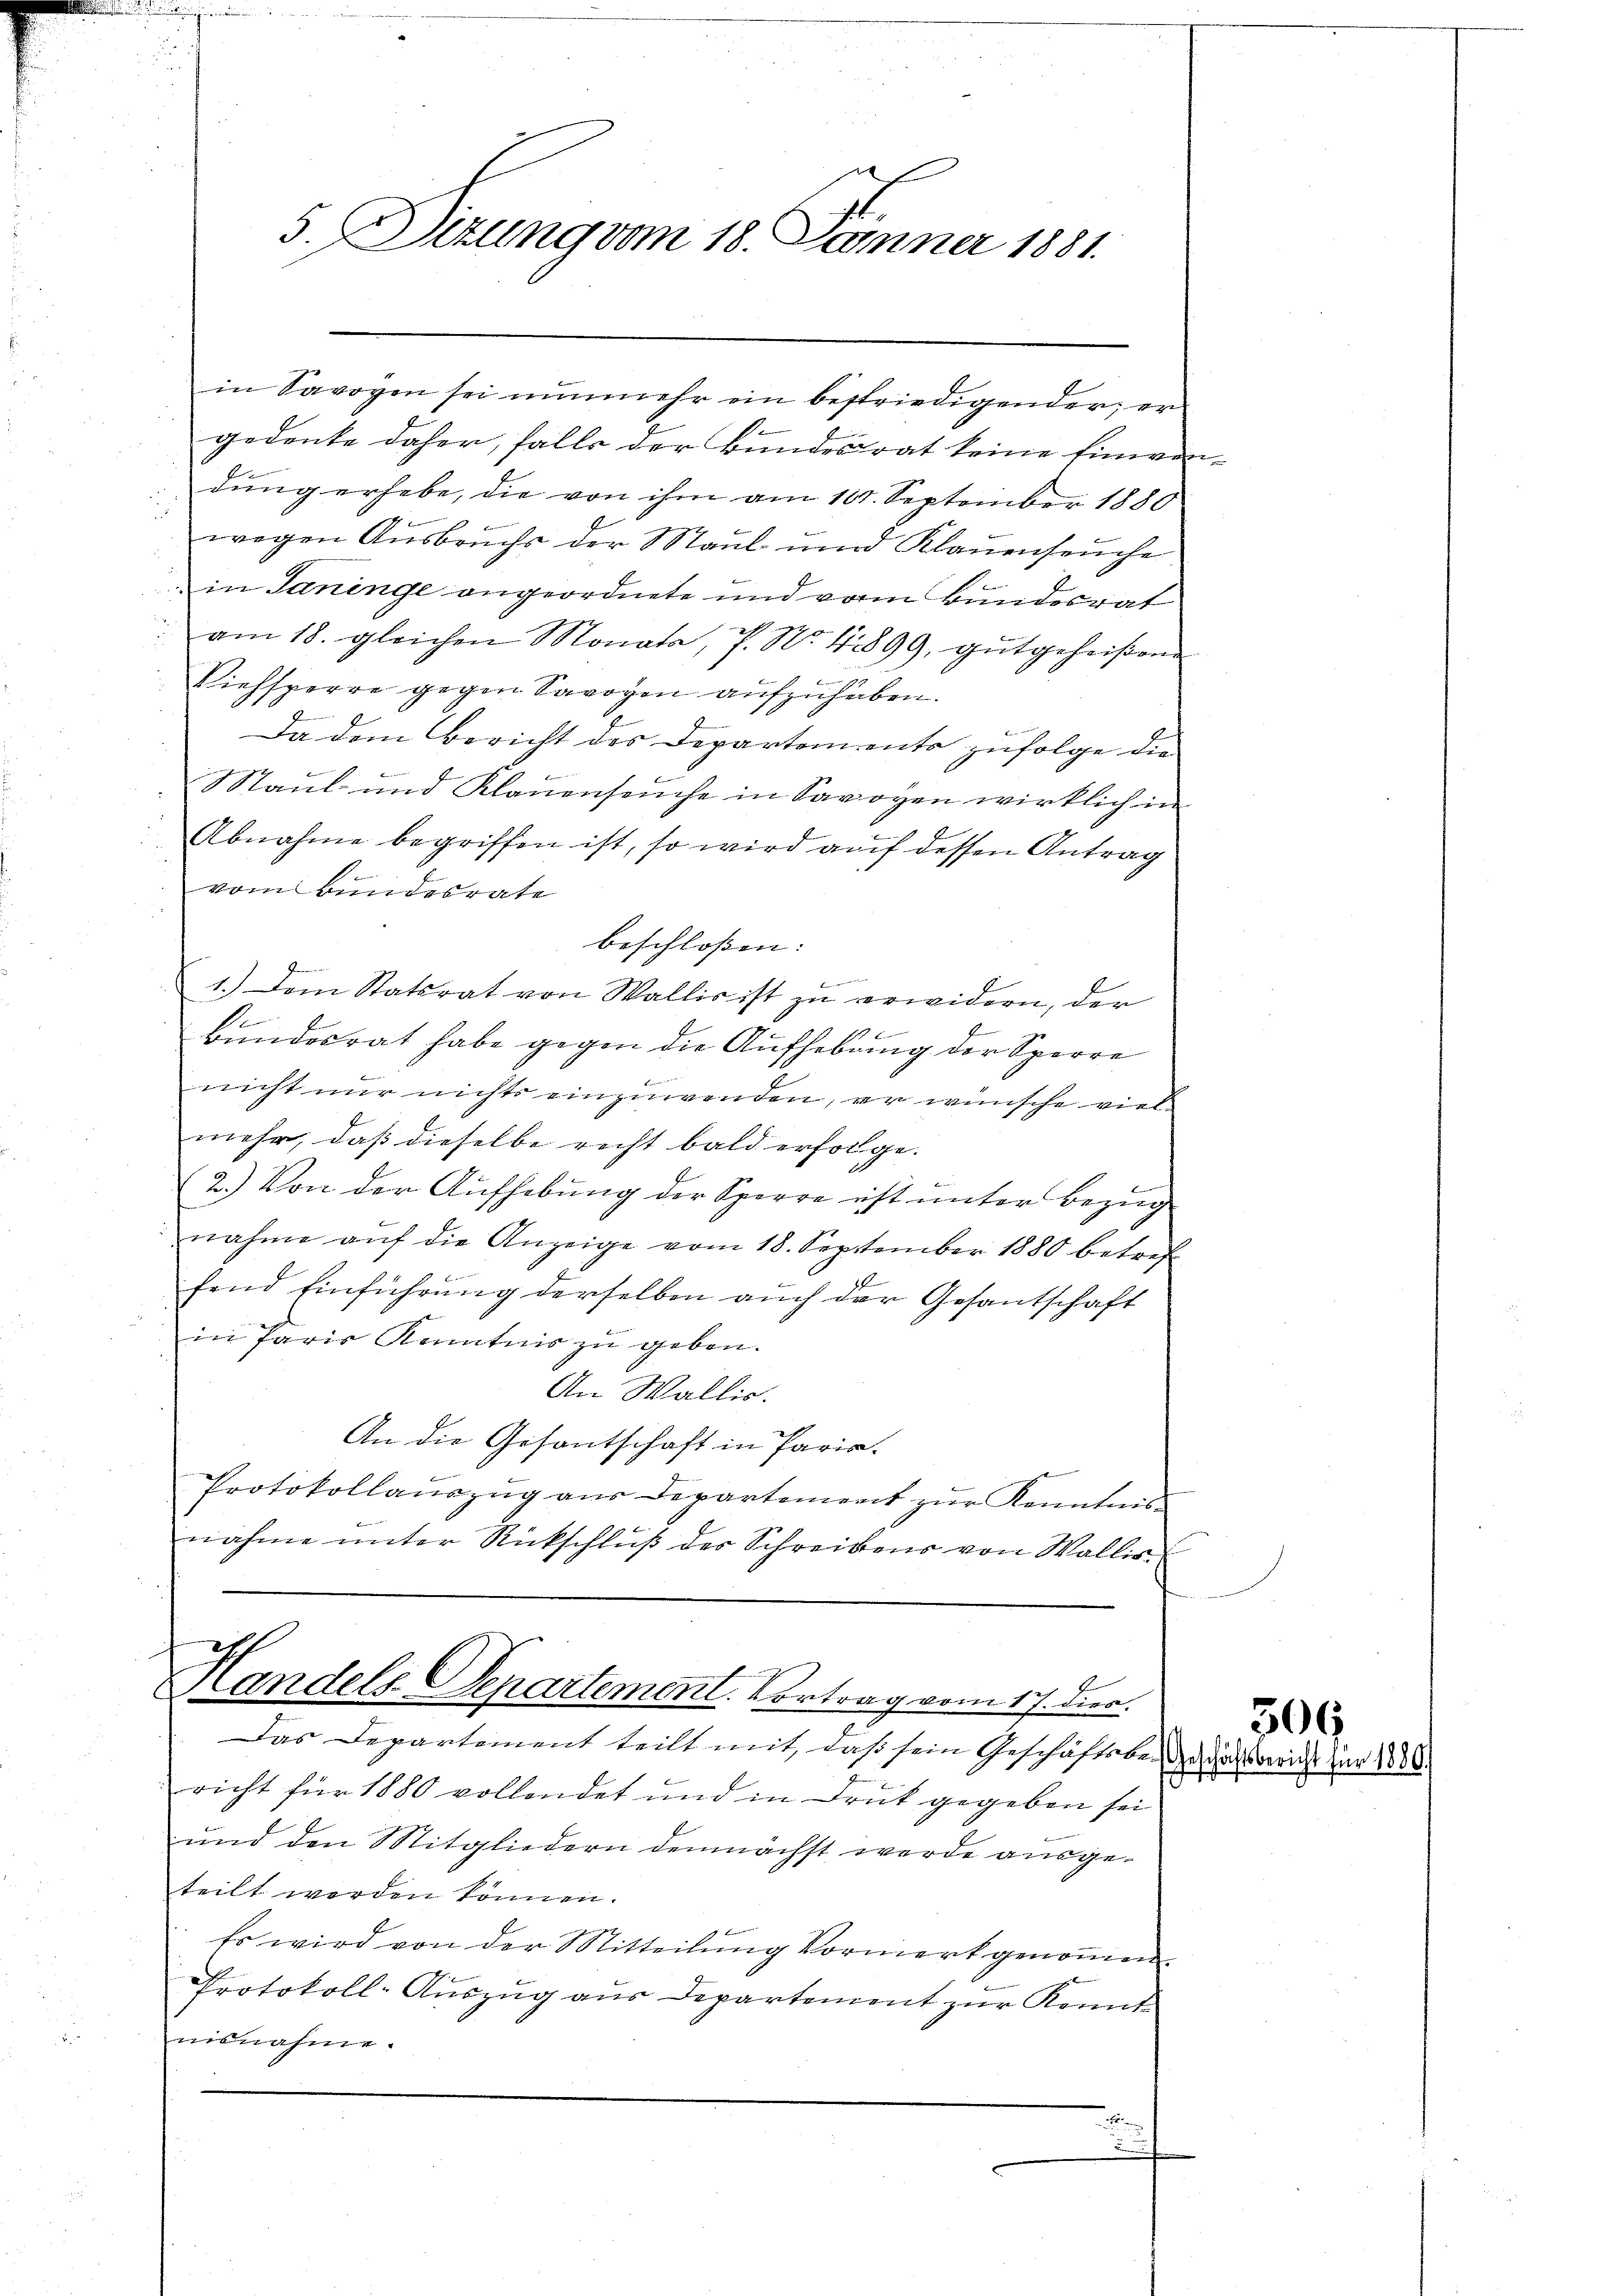
n
5. Ditung vom 18. Jäner 1881.

in Savoyen sei nunmehr ein bestriedigender er
.
gedenke daher, falls der Bundesrat keine Einven
dung erhebe, die von ihm am 101. September 1880
wegen Ausbruchs der Maul- und Klauenseuche
in Saninge angeordnete und vom Bundesrat
am 18. gleichen Monata, P. Nr. 42899, gutgeheißen
Viehsperre gegen Savoyen aufzuhaben.
Da dem Bericht des Departemento zufolge die
Ber
Maul- und Klauenseuche in Savoyen wirklich in
Abnahme begriffen ist, so wird auf dessen Antrag
vom Bundesrate
beschlossen:
A
1.) Dem Statsrat von Wallis ist zŭ erwidern, der
s
6
bundesrat habe gegen die Aufhebung der Sperre
nicht nur nichts einzuwenden, er wünsche viel
mehr, daß dieselbe richt bald erfolge.
Be
2.) Von der Aufhebung der Sperre est unter Bezug
nahme auf die Anzeige vom 18. September 1880 betref
fend Einführung derselben auch der Gesantschaft
in Paris Kenntnis zu geben.
An Wallis.
An die Gesantschaft in Paria
Protokollaŭszŭg aŭs Departement zŭr Kenntnis
B
nahme unter Rückschluß der Schreibens von Wallis

E
Handels Separtement. Vortrag vom 17. dies

Das Departement teilt mit, daß sein Geschäftsbericht für 1880 vollendet und in Druk gegeben sei
und den Mitgliedern demnächst werde ausgeteilt werden können.
Es wird von der Mitteilung Vormerk genoṁen.
Protokoll-Auszug aus Departement zŭr Kennt-
isnahme.

n

306
Geschäftsbericht für 1886